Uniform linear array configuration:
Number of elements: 12
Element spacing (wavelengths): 0.25
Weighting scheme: hann
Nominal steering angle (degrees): -15
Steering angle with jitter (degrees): -13.904
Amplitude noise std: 0.05
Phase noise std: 0.05

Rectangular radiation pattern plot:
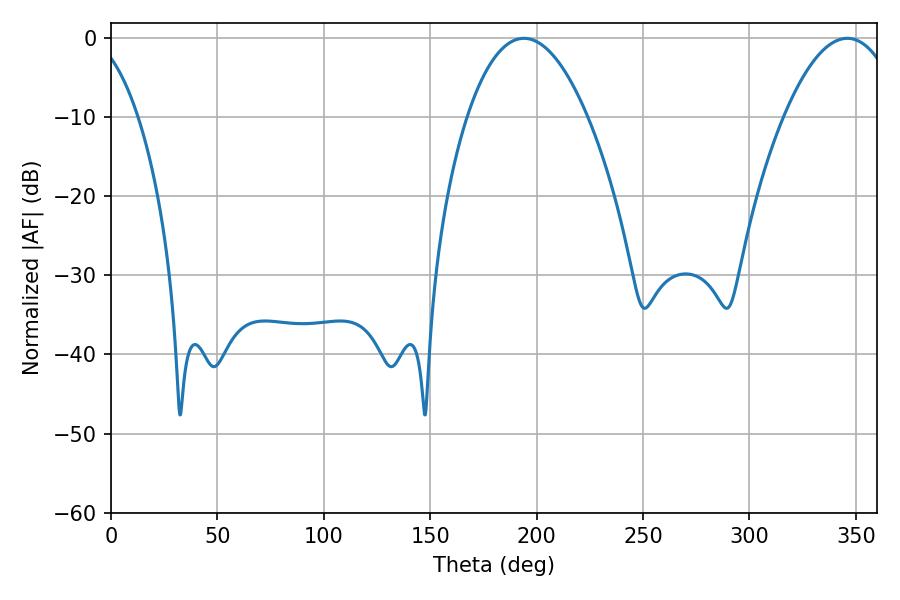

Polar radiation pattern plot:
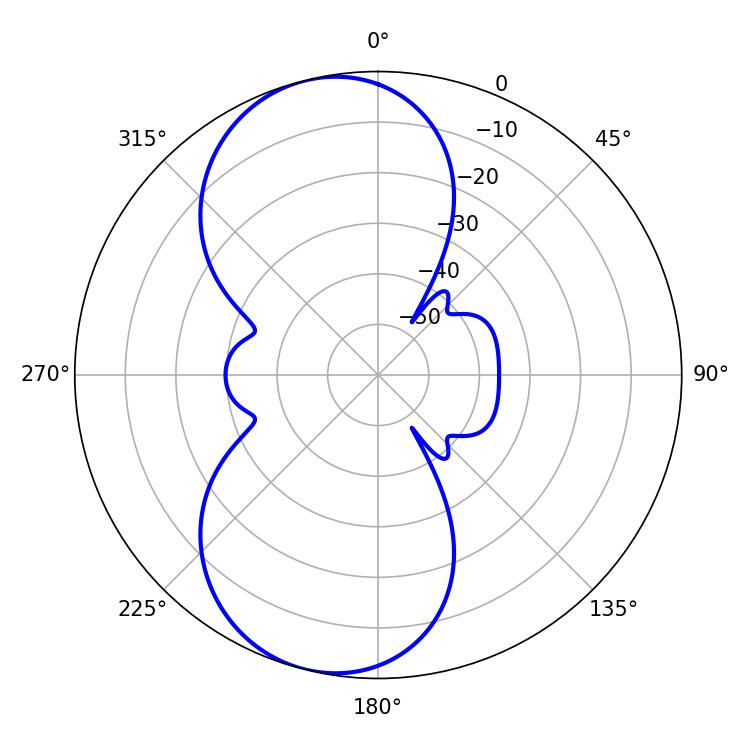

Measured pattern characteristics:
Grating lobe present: FALSE
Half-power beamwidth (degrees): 31.32
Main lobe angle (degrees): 194.04